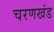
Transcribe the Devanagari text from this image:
चरणखंड